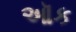
ઑક